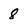
Character: 8